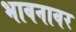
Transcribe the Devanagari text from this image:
भावनावर